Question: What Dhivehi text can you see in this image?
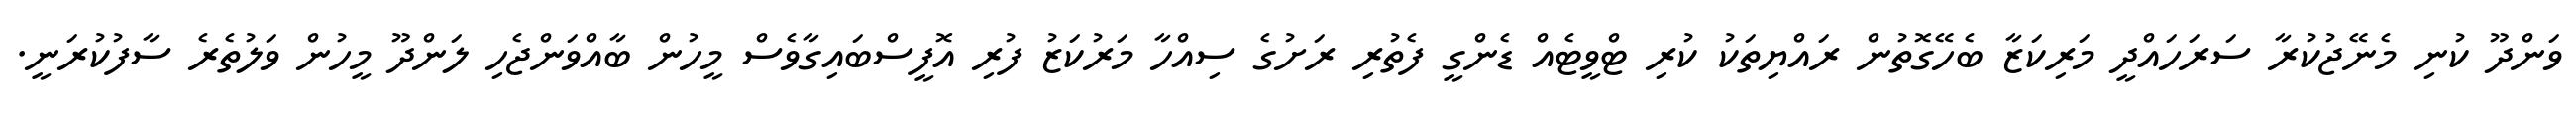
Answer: ވަންދޫ ކުނި މެނޭޖުކުރާ ސަރަހައްދީ މަރިކަޒާ ބެހޭގޮތުން ރައްޔިތަކު ކުރި ޓްވީޓެއް ޑެންގީ ފެތުރި ރަށުގެ ސިއްހާ މަރުކަޒު ފުރި އޮފީސްބައިގާވެސް މީހުން ބާއްވަންޖެހި ލަންދޫ މީހުން ވަލުތެރެ ސާފުކުރަނީ.